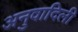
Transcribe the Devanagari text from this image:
अनुवादिली